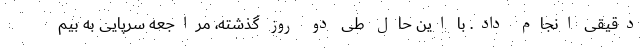
دقیقی انجام داد. با این حال طی دو روز گذشته، مراجعه سرپایی به بیم